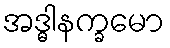
အဒ္ဓါနက္ခမော